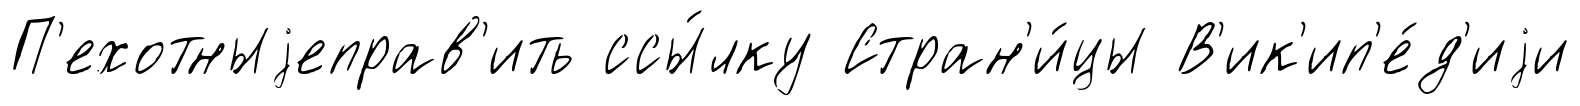
П'ехотныjеправ'ить ссы́лку Стран'и́цы В'ик'ип'е́д'иjи